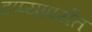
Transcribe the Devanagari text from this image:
टप्प्यापर्यंत